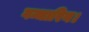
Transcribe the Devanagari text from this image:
गन्धारिन।